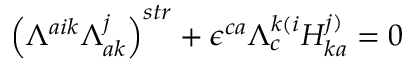
\left( \Lambda ^ { a i k } \Lambda _ { a k } ^ { j } \right) ^ { s t r } + \epsilon ^ { c a } \Lambda _ { c } ^ { k ( i } H _ { k a } ^ { j ) } = 0